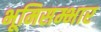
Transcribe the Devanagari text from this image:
भूमिसम्भार